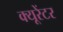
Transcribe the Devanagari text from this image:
क्यूरेंटर